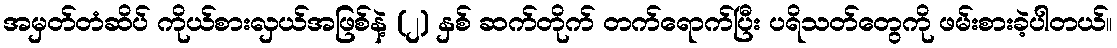
အမှတ်တံဆိပ် ကိုယ်စားလှယ်အဖြစ်နဲ့ (၂) နှစ် ဆက်တိုက် တက်ရောက်ပြီး ပရိသတ်တွေကို ဖမ်းစားခဲ့ပါတယ်။